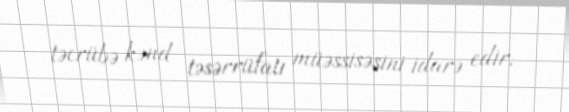
təcrübə kənd təsərrüfatı müəssisəsini idarə edir.